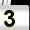
Digit: 3